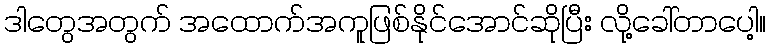
ဒါတွေအတွက် အထောက်အကူဖြစ်နိုင်အောင်ဆိုပြီး လို့ခေါ်တာပေါ့။